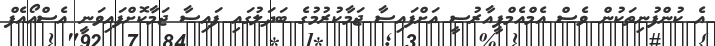
އެ ކުންފުނިތަކުން ވެސް އެމްއެމްޕީއާރުސީ އަށްފައިސާ ޖަމާކުރުމުގެ ބަދަލުގައި ފައިސާ ޖަމާކޮށްފައިވަނީ އެސްއޯއެފް